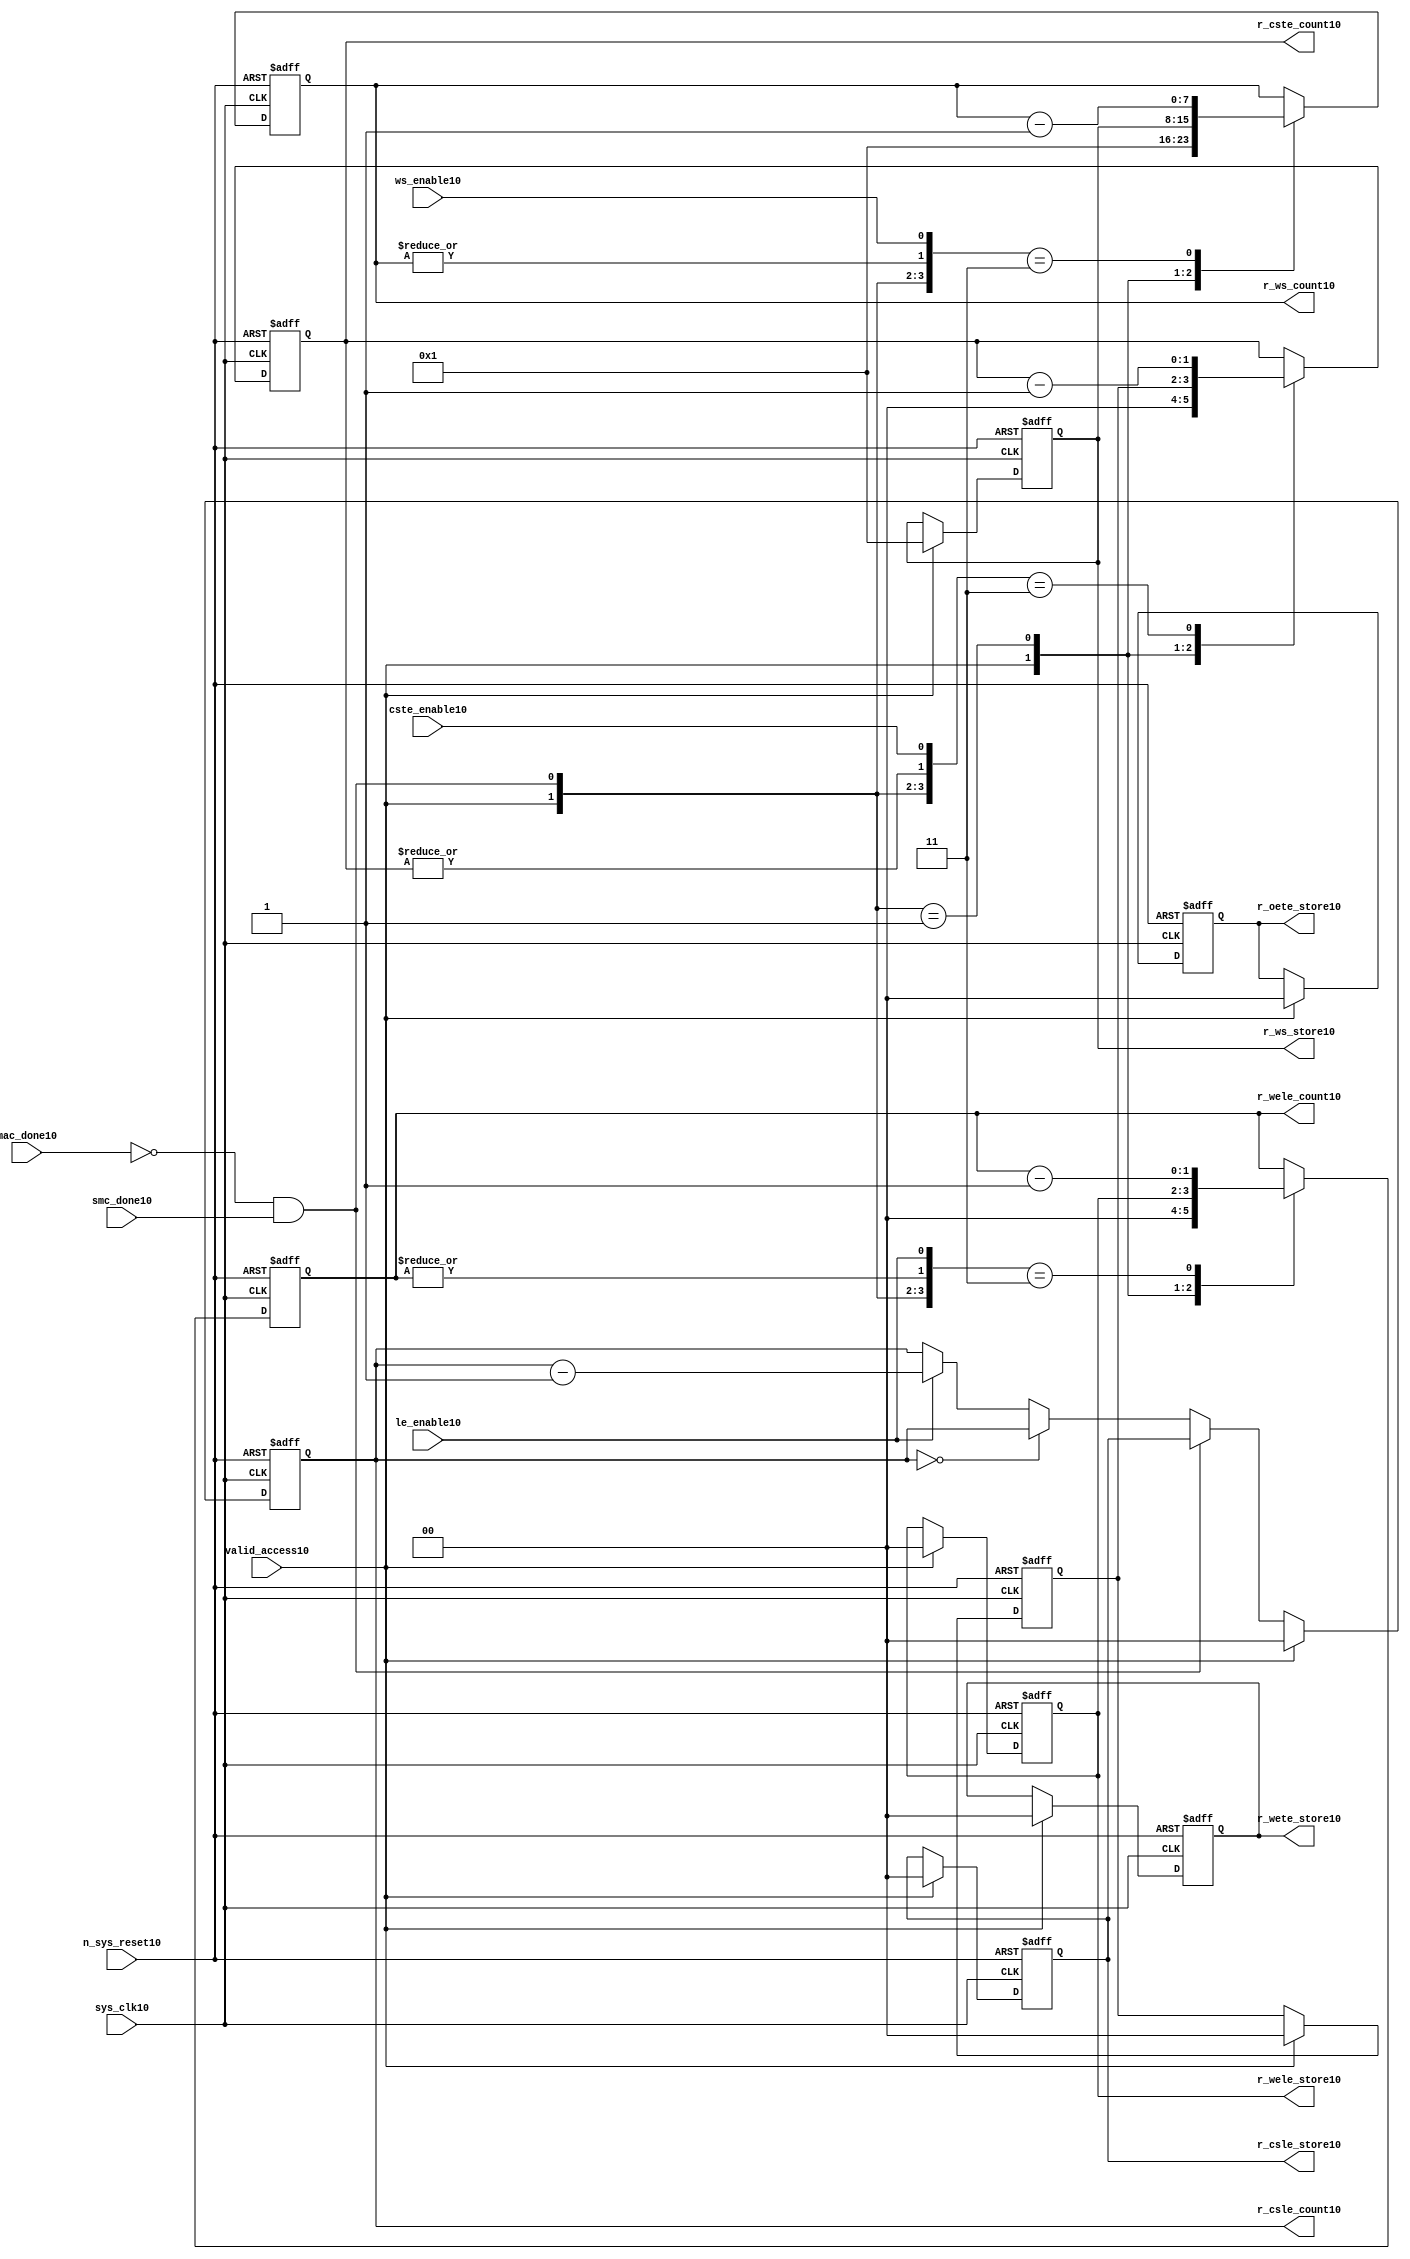
//File10 name   : smc_counter_lite10.v
//Title10       : 
//Created10     : 1999
//Description10 : Counter10 block.
//            : Static10 Memory Controller10.
//            : The counter block provides10 generates10 all cycle timings10
//            : The leading10 edge counts10 are individual10 2bit, loadable10,
//            : counters10. The wait state counter is a count down
//            : counter with a maximum size of 5 bits. The trailing10
//            : edge counts10 are registered for comparison10 with the
//            : wait state counter. The bus float10 (CSTE10) is a
//            : separate10 2bit counter. The initial count values are
//            : stored10 and reloaded10 into the counters10 if multiple
//            : accesses are required10.
//Notes10       : 
//----------------------------------------------------------------------
//   Copyright10 1999-2010 Cadence10 Design10 Systems10, Inc10.
//   All Rights10 Reserved10 Worldwide10
//
//   Licensed10 under the Apache10 License10, Version10 2.0 (the
//   "License10"); you may not use this file except10 in
//   compliance10 with the License10.  You may obtain10 a copy of
//   the License10 at
//
//       http10://www10.apache10.org10/licenses10/LICENSE10-2.0
//
//   Unless10 required10 by applicable10 law10 or agreed10 to in
//   writing, software10 distributed10 under the License10 is
//   distributed10 on an "AS10 IS10" BASIS10, WITHOUT10 WARRANTIES10 OR10
//   CONDITIONS10 OF10 ANY10 KIND10, either10 express10 or implied10.  See
//   the License10 for the specific10 language10 governing10
//   permissions10 and limitations10 under the License10.
//----------------------------------------------------------------------


module smc_counter_lite10  (
                     //inputs10

                     sys_clk10,
                     n_sys_reset10,
                     valid_access10,
                     mac_done10, 
                     smc_done10, 
                     cste_enable10, 
                     ws_enable10,
                     le_enable10, 

                     //outputs10

                     r_csle_count10,
                     r_wele_count10,
                     r_ws_count10,
                     r_ws_store10,
                     r_oete_store10,
                     r_wete_store10,
                     r_wele_store10,
                     r_cste_count10,
                     r_csle_store10);
   

//----------------------------------------------------------------------
// the Wait10 State10 Counter10
//----------------------------------------------------------------------
   
   
   // I10/O10
   
   input     sys_clk10;                  // AHB10 System10 clock10
   input     n_sys_reset10;              // AHB10 System10 reset (Active10 LOW10)
   
   input     valid_access10;             // load10 values are valid if high10
   input     mac_done10;                 // All cycles10 in a multiple access

   //  completed
   
   input                 smc_done10;   // one access completed
   input                 cste_enable10;// Enable10 CS10 Trailing10 Edge10 counter
   input                 ws_enable10;  // Enable10 Wait10 State10 counter
   input                 le_enable10;  // Enable10 all Leading10 Edge10 counters10
   
   // Counter10 outputs10
   
   output [1:0]             r_csle_count10;  //chip10 select10 leading10
                                             //  edge count
   output [1:0]             r_wele_count10;  //write strobe10 leading10 
                                             // edge count
   output [7:0] r_ws_count10;    //wait state count
   output [1:0]             r_cste_count10;  //chip10 select10 trailing10 
                                             // edge count
   
   // Stored10 counts10 for MAC10
   
   output [1:0]             r_oete_store10;  //read strobe10
   output [1:0]             r_wete_store10;  //write strobe10 trailing10 
                                              // edge store10
   output [7:0] r_ws_store10;    //wait state store10
   output [1:0]             r_wele_store10;  //write strobe10 leading10
                                             //  edge store10
   output [1:0]             r_csle_store10;  //chip10 select10  leading10
                                             //  edge store10
   
   
   // Counters10
   
   reg [1:0]             r_csle_count10;  // Chip10 select10 LE10 counter
   reg [1:0]             r_wele_count10;  // Write counter
   reg [7:0] r_ws_count10;    // Wait10 state select10 counter
   reg [1:0]             r_cste_count10;  // Chip10 select10 TE10 counter
   
   
   // These10 strobes10 finish early10 so no counter is required10. 
   // The stored10 value is compared with WS10 counter to determine10 
   // when the strobe10 should end.

   reg [1:0]    r_wete_store10;    // Write strobe10 TE10 end time before CS10
   reg [1:0]    r_oete_store10;    // Read strobe10 TE10 end time before CS10
   
   
   // The following10 four10 regisrers10 are used to store10 the configuration
   // during mulitple10 accesses. The counters10 are reloaded10 from these10
   // registers before each cycle.
   
   reg [1:0]             r_csle_store10;    // Chip10 select10 LE10 store10
   reg [1:0]             r_wele_store10;    // Write strobe10 LE10 store10
   reg [7:0] r_ws_store10;      // Wait10 state store10
   reg [1:0]             r_cste_store10;    // Chip10 Select10 TE10 delay
                                          //  (Bus10 float10 time)

   // wires10 used for meeting10 coding10 standards10
   
   wire         ws_count10;      //ORed10 r_ws_count10
   wire         wele_count10;    //ORed10 r_wele_count10
   wire         cste_count10;    //ORed10 r_cste_count10
   wire         mac_smc_done10;  //ANDed10 smc_done10 and not(mac_done10)
   wire [4:0]   case_cste10;     //concatenated10 signals10 for case statement10
   wire [4:0]   case_wele10;     //concatenated10 signals10 for case statement10
   wire [4:0]   case_ws10;       //concatenated10 signals10 for case statement10
   
   
   
   // Main10 Code10
   
//----------------------------------------------------------------------
// Counters10 (& Count10 Store10 for MAC10)
//----------------------------------------------------------------------


//----------------------------------------------------------------------
// WETE10 Store10
//----------------------------------------------------------------------

always @(posedge sys_clk10 or negedge n_sys_reset10)

begin   

   if (~(n_sys_reset10))
     
      r_wete_store10 <= 2'b00;
   
   
   else if (valid_access10)
     
      r_wete_store10 <= 2'b0;
   
   else
     
      r_wete_store10 <= r_wete_store10;

end
   
//----------------------------------------------------------------------
// OETE10 Store10
//----------------------------------------------------------------------

always @(posedge sys_clk10 or negedge n_sys_reset10)

begin   

   if (~(n_sys_reset10))
     
      r_oete_store10 <= 2'b00;
   
   
   else if (valid_access10)
     
      r_oete_store10 <= 2'b0;
   
   else

      r_oete_store10 <= r_oete_store10;

end
   
//----------------------------------------------------------------------
// CSLE10 Store10
//----------------------------------------------------------------------

always @(posedge sys_clk10 or negedge n_sys_reset10)

begin   

   if (~(n_sys_reset10))
     
      r_csle_store10 <= 2'b00;
   
   
   else if (valid_access10)
     
      r_csle_store10 <= 2'b00;
   
   else
     
      r_csle_store10 <= r_csle_store10;

end
   
//----------------------------------------------------------------------
// CSLE10 Counter10
//----------------------------------------------------------------------

always @(posedge sys_clk10 or negedge n_sys_reset10)

begin   

   if (~(n_sys_reset10))
     
      r_csle_count10 <= 2'b00;
   
   
   else
   begin
        
      if (valid_access10)
        
         r_csle_count10 <= 2'b00;
      
      else if (~(mac_done10) & smc_done10)
        
         r_csle_count10 <= r_csle_store10;
      
      else if (r_csle_count10 == 2'b00)
        
         r_csle_count10 <= r_csle_count10;
      
      else if (le_enable10)               
        
         r_csle_count10 <= r_csle_count10 - 2'd1;
      
      else
        
          r_csle_count10 <= r_csle_count10;
      
     end

end
   
   
//----------------------------------------------------------------------
// CSTE10 Store10
//----------------------------------------------------------------------

always @(posedge sys_clk10 or negedge n_sys_reset10)

begin   

   if (~(n_sys_reset10))

      r_cste_store10 <= 2'b00;

   else if (valid_access10)

      r_cste_store10 <= 2'b0;

   else

      r_cste_store10 <= r_cste_store10;

end
   
   
   
//----------------------------------------------------------------------
//concatenation10 of signals10 to avoid using nested10 ifs10
//----------------------------------------------------------------------

 assign mac_smc_done10 = (~(mac_done10) & smc_done10);
 assign cste_count10   = (|r_cste_count10);           //checks10 for count = 0
 assign case_cste10   = {1'b0,valid_access10,mac_smc_done10,cste_count10,
                       cste_enable10};
   
//----------------------------------------------------------------------
//CSTE10 COUNTER10
//----------------------------------------------------------------------

always @(posedge sys_clk10 or negedge n_sys_reset10)

begin   

   if (~(n_sys_reset10))

      r_cste_count10 <= 2'b00;

   else 
   begin
      casex(case_cste10)
           
        5'b1xxxx:        r_cste_count10 <= r_cste_count10;

        5'b01xxx:        r_cste_count10 <= 2'b0;

        5'b001xx:        r_cste_count10 <= r_cste_store10;

        5'b0000x:        r_cste_count10 <= r_cste_count10;

        5'b00011:        r_cste_count10 <= r_cste_count10 - 2'd1;

        default :        r_cste_count10 <= r_cste_count10;

      endcase // casex(w_cste_case10)
      
   end
   
end

//----------------------------------------------------------------------
// WELE10 Store10
//----------------------------------------------------------------------

always @(posedge sys_clk10 or negedge n_sys_reset10)

begin   

   if (~(n_sys_reset10))

      r_wele_store10 <= 2'b00;


   else if (valid_access10)

      r_wele_store10 <= 2'b00;

   else

      r_wele_store10 <= r_wele_store10;

end
   
   
   
//----------------------------------------------------------------------
//concatenation10 of signals10 to avoid using nested10 ifs10
//----------------------------------------------------------------------
   
   assign wele_count10   = (|r_wele_count10);         //checks10 for count = 0
   assign case_wele10   = {1'b0,valid_access10,mac_smc_done10,wele_count10,
                         le_enable10};
   
//----------------------------------------------------------------------
// WELE10 Counter10
//----------------------------------------------------------------------

always @(posedge sys_clk10 or negedge n_sys_reset10)

begin   
   if (~(n_sys_reset10))

      r_wele_count10 <= 2'b00;

   else
   begin

      casex(case_wele10)

        5'b1xxxx :  r_wele_count10 <= r_wele_count10;

        5'b01xxx :  r_wele_count10 <= 2'b00;

        5'b001xx :  r_wele_count10 <= r_wele_store10;

        5'b0000x :  r_wele_count10 <= r_wele_count10;

        5'b00011 :  r_wele_count10 <= r_wele_count10 - (2'd1);

        default  :  r_wele_count10 <= r_wele_count10;

      endcase // casex(case_wele10)

   end

end
   
//----------------------------------------------------------------------
// WS10 Store10
//----------------------------------------------------------------------

always @(posedge sys_clk10 or negedge n_sys_reset10)
  
begin   

   if (~(n_sys_reset10))

      r_ws_store10 <= 8'd0;


   else if (valid_access10)

      r_ws_store10 <= 8'h01;

   else

      r_ws_store10 <= r_ws_store10;

end
   
   
   
//----------------------------------------------------------------------
//concatenation10 of signals10 to avoid using nested10 ifs10
//----------------------------------------------------------------------
   
   assign ws_count10   = (|r_ws_count10); //checks10 for count = 0
   assign case_ws10   = {1'b0,valid_access10,mac_smc_done10,ws_count10,
                       ws_enable10};
   
//----------------------------------------------------------------------
// WS10 Counter10
//----------------------------------------------------------------------

always @(posedge sys_clk10 or negedge n_sys_reset10)

begin   

   if (~(n_sys_reset10))

      r_ws_count10 <= 8'd0;

   else  
   begin
   
      casex(case_ws10)
 
         5'b1xxxx :  
            r_ws_count10 <= r_ws_count10;
        
         5'b01xxx :
            r_ws_count10 <= 8'h01;
        
         5'b001xx :  
            r_ws_count10 <= r_ws_store10;
        
         5'b0000x :  
            r_ws_count10 <= r_ws_count10;
        
         5'b00011 :  
            r_ws_count10 <= r_ws_count10 - 8'd1;
        
         default  :  
            r_ws_count10 <= r_ws_count10;

      endcase // casex(case_ws10)
      
   end
   
end  
   
   
endmodule